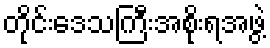
တိုင်းဒေသကြီးအစိုးရအဖွဲ့